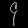
Digit: ၄